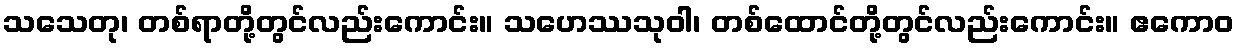
သသေတု၊ တစ်ရာတို့တွင်လည်းကောင်း။ သဟေဿသုဝါ၊ တစ်ထောင်တို့တွင်လည်းကောင်း။ ဧကောဝ